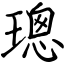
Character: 璁